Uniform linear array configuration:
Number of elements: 4
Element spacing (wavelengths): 0.25
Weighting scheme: blackman
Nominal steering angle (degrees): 0
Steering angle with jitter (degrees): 0.5259
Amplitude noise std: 0.05
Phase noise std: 0.05

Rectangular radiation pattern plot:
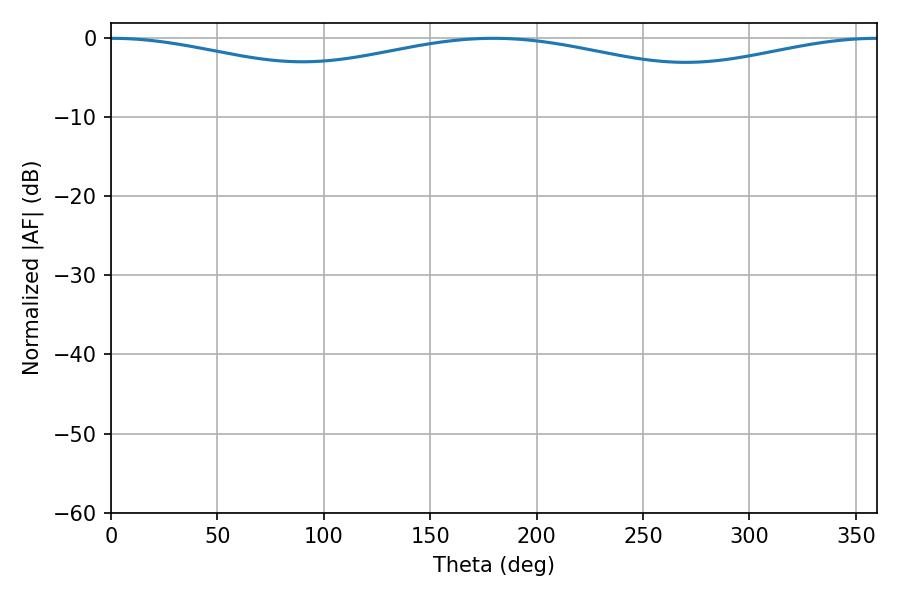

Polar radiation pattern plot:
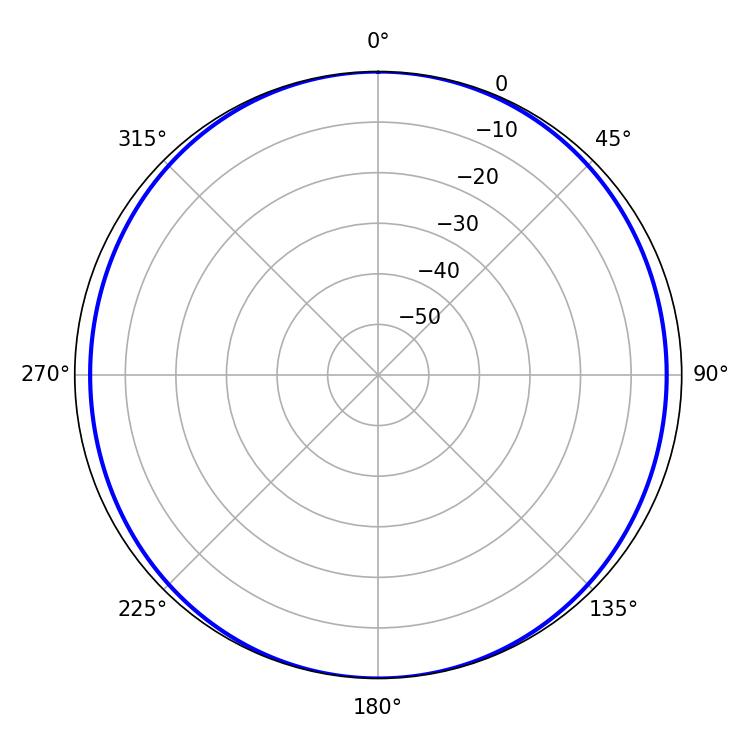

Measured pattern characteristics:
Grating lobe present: FALSE
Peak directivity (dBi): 21.372
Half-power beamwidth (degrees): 264.42
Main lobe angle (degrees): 0.36